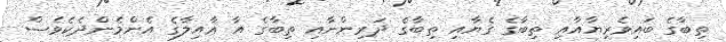
ތިބާގެ ބައިވެރިޔާއާއި ތިބާގެ ގެޔާއި ތިބާގެ ދަރިންނާއި ތިބާގެ އާ ޢާއިލާގެ އެންމެންދެކެވެސް